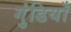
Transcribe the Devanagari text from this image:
गुंडियाँ